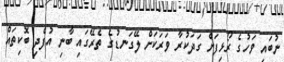
ނުބައި ވަހުގެ ރޯޅިފަށް ގަދަކުރާ ވަރަކަށް ލޭގަނޑުގެ ތެރޭގައި ބާނި އުފެދި ބޮކިތައް